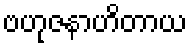
ဗဟုဇနာဟိတာယ